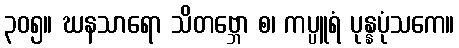
၃၀၅။ ဃနသာရော သိတဗ္ဘော စ၊ ကပ္ပူရံ ပုန္နပုံသကေ။